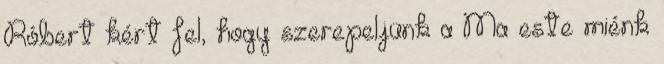
Róbert kért fel, hogy szerepeljünk a Ma este miénk